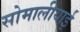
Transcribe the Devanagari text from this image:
सोमालीयाई